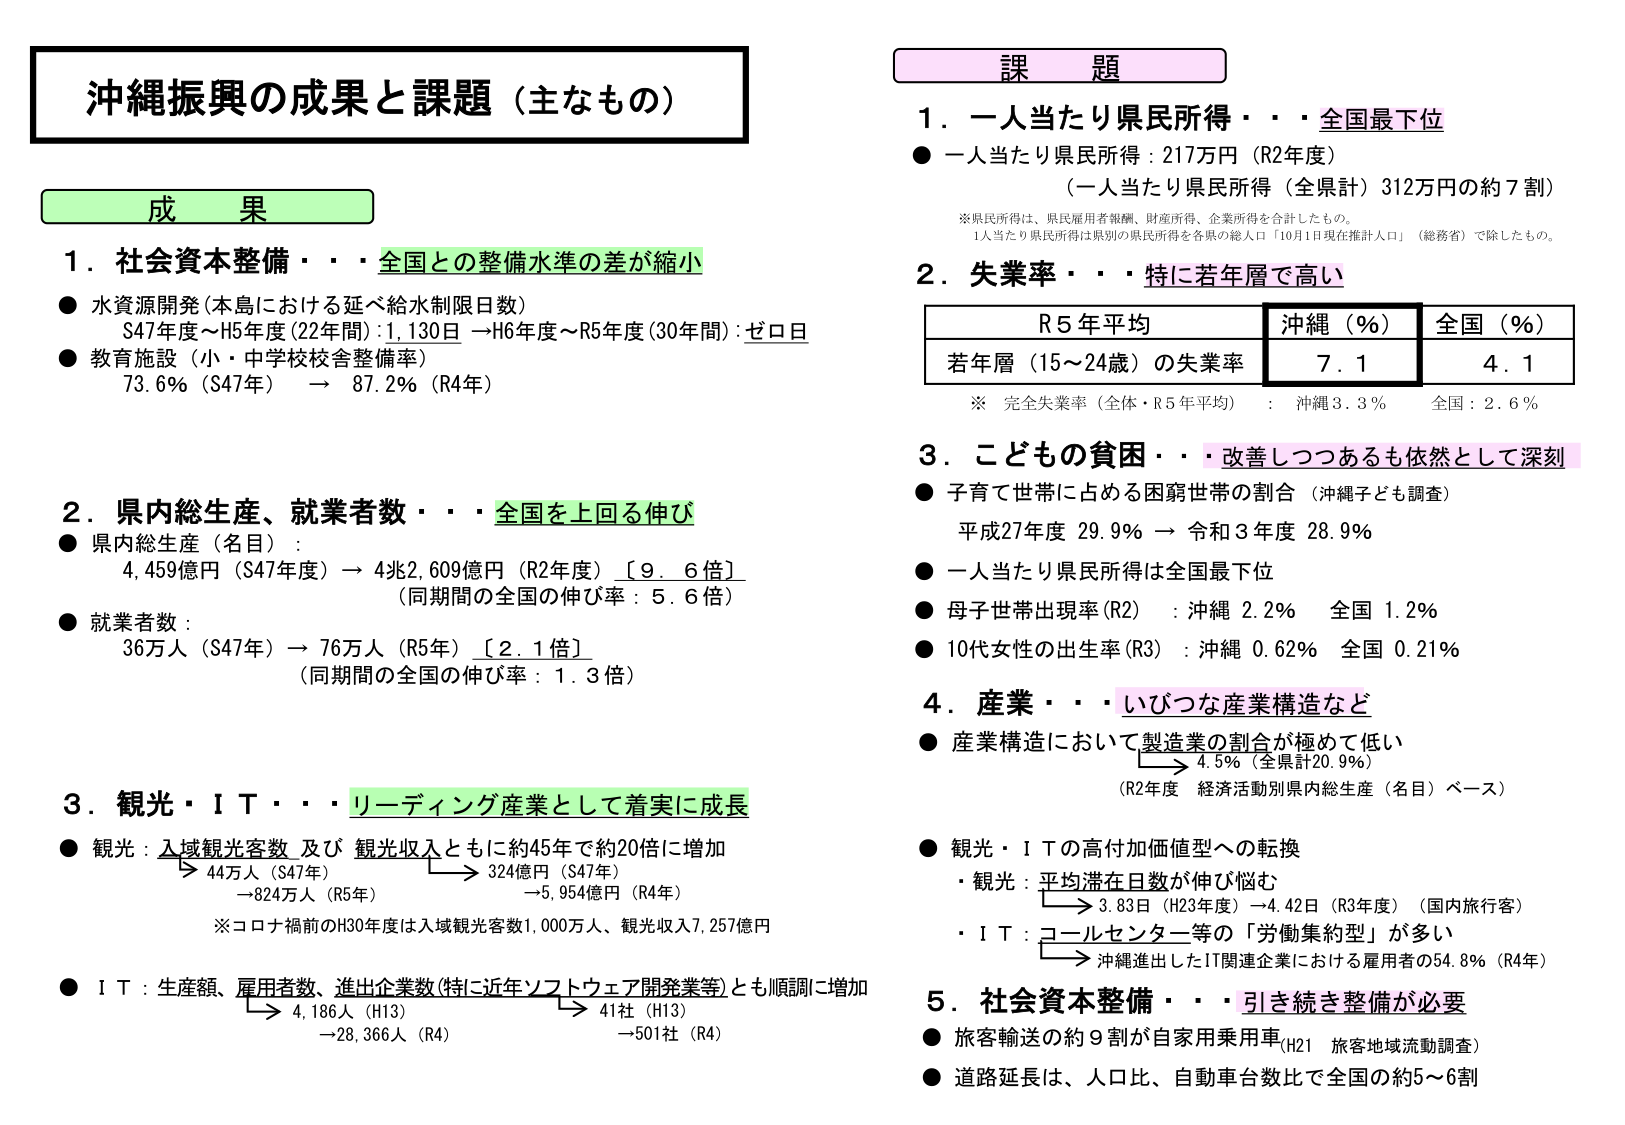
沖縄振興の成果と課題（主なもの）

成 果

1．社会資本整備・・・全国との整備水準の差が縮小
● 水資源開発（本島における延べ給水制限日数）
　S47年度～H5年度（22年間）：1,130日 → H6年度～R5年度（30年間）：ゼロ日
● 教育施設（小・中学校校舎整備率）
　73.6％（S47年） → 87.2％（R4年）

2．県内総生産、就業者数・・・全国を上回る伸び
● 県内総生産（名目）：
　4,459億円（S47年度） → 4兆2,609億円（R2年度）［9.6倍］
　（同期間の全国の伸び率：5.6倍）
● 就業者数：
　36万人（S47年） → 76万人（R5年）［2.1倍］
　（同期間の全国の伸び率：1.3倍）

3．観光・ＩＴ・・・リーディング産業として着実に成長
● 観光：入域観光客数及び観光収入ともに約45年で約20倍に増加
　　→ 44万人（S47年）　　　　　→ 324億円（S47年）
　　→ 824万人（R5年）　　　　　→ 5,954億円（R4年）
　　※コロナ禍前のH30年度は入域観光客数1,000万人、観光収入7,257億円
● ＩＴ：生産額、雇用者数、進出企業数（特に近年ソフトウェア開発業等）とも順調に増加
　　→ 4,186人（H13）　　　　　→ 41社（H13）
　　→ 28,366人（R4）　　　　　→ 501社（R4）

課 題

1．一人当たり県民所得・・・全国最下位
● 一人当たり県民所得：217万円（R2年度）
　（一人当たり県民所得（全県計）312万円の約7割）
※県民所得は、県民雇用者報酬、財産所得、企業所得を合計したもの。
　1人当たり県民所得は県別の県民所得を各県の総人口「10月1日現在推計人口」（総務省）で除したもの。

2．失業率・・・特に若年層で高い
　　　　　　　　　　R5年平均　　　　　沖縄（％）　　　全国（％）
　　　　　　　　　　若年層（15～24歳）の失業率　　　7.1　　　　　　4.1
※ 完全失業率（全体・R5年平均）：沖縄3.3％　全国：2.6％

3．こどもの貧困・・・改善しつつあるも依然として深刻
● 子育て世帯に占める困窮世帯の割合（沖縄子ども調査）
　平成27年度 29.9％ → 令和3年度 28.9％
● 一人当たり県民所得は全国最下位
● 母子世帯出現率（R2）：沖縄 2.2％　全国 1.2％
● 10代女性の出生率（R3）：沖縄 0.62％　全国 0.21％

4．産業・・・いびつな産業構造など
● 産業構造において製造業の割合が極めて低い
　　→ 4.5％（全県計20.9％）
　　（R2年度 経済活動別県内総生産（名目）ベース）
● 観光・ＩＴの高付加価値型への転換
　・観光：平均滞在日数が伸び悩む
　　　→ 3.83日（H23年度）→ 4.42日（R3年度）（国内旅行客）
　・ＩＴ：コールセンター等の「労働集約型」が多い
　　　→ 沖縄進出したIT関連企業における雇用者の54.8％（R4年）

5．社会資本整備・・・引き続き整備が必要
● 旅客輸送の約9割が自家用乗用車（H21 旅客地域流動調査）
● 道路延長は、人口比、自動車台数比で全国の約5～6割